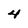
Character: 4